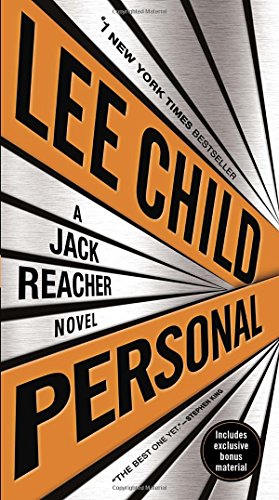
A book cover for Personal (with bonus short story Not a Drill): A Jack Reacher Novel; Lee Child; Mystery, Thriller & Suspense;